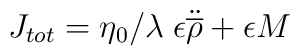
J_{tot} = \eta_{0}/\lambda\; \epsilon \ddot{\overline{\rho}} + \epsilon M